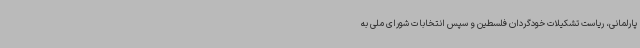
پارلمانی، ریاست تشکیلات خودگردان فلسطین و سپس انتخابات شورای ملی به